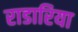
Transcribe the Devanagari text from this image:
राडारिया